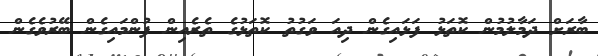
ބާރަށް ދަމާލުމުން ކޮތަޅު ފަޅައިގެން ދިއަ ވަގުތު ކޮތަޅުގެ ތެރެއިން ފުންމައިގެން ބޭރުވެގެން